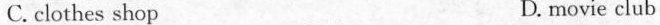
C. clothes shop D. movie club